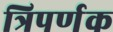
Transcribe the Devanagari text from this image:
त्रिपर्णक